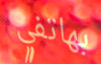
بهاتفي